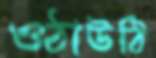
ওঠাউঠি